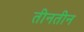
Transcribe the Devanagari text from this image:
तीनतीन